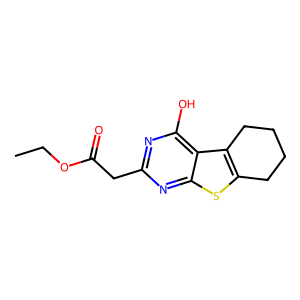
SMILES: CCOC(=O)Cc1nc(O)c2c3c(sc2n1)CCCC3
Inhibits HIV replication: No